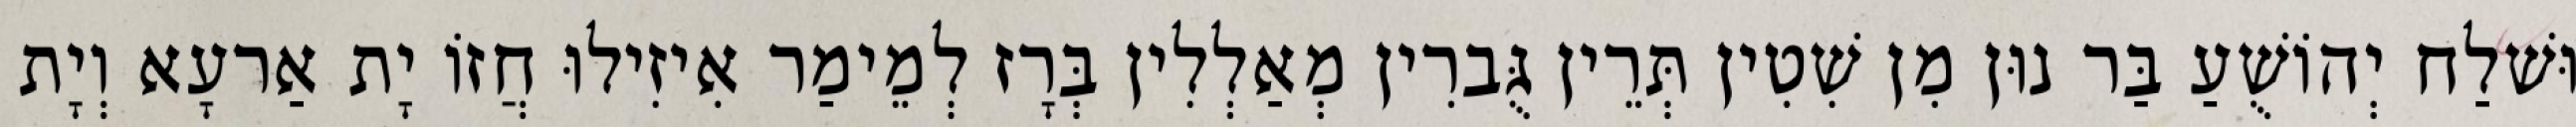
וּשׁלַח יְהוֹשֻׁעַ בַּר נוּן מִן שִׁטִין תְּרֵין גֻּברִין מְאַלְלִין בְּרָז לְמֵימַר אִיזִילוּ חֲזוֹ יָת אַרעָא וְיָת